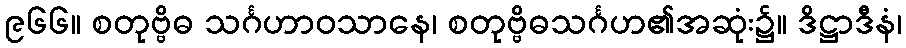
၉၆၆။ စတုဗ္ဗိဓ သင်္ဂဟာဝသာနေ၊ စတုဗ္ဗိဓသင်္ဂဟ၏အဆုံး၌။ ဒိဋ္ဌာဒီနံ၊